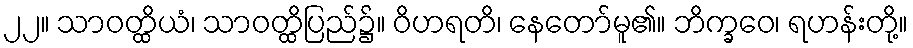
၂၂။ သာဝတ္ထိယံ၊ သာဝတ္ထိပြည်၌။ ဝိဟရတိ၊ နေတော်မူ၏။ ဘိက္ခဝေ၊ ရဟန်းတို့။